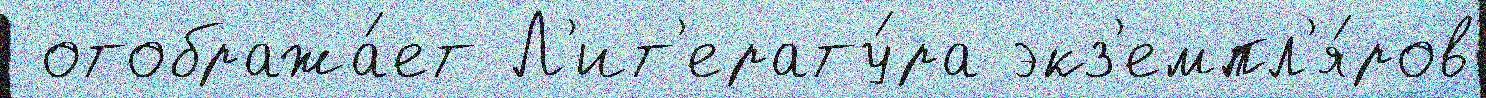
 отобража́ет Л'ит'ерату́ра экз'емпл'я́ров